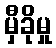
မှီခိုမှု